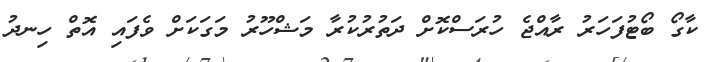
ކާގޯ ބޯޓުފަހަރު ރާއްޖެ ހުރަސްކޮށް ދަތުރުކުރާ މަޝްހޫރު މަގަކަށް ވެފައި އޮތް ހިނދު